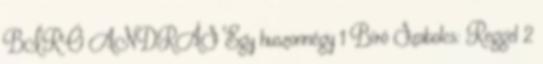
BÍRÓ ANDRÁS Egy huszonnégy 1 Bíró Szabolcs: Reggel 2